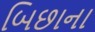
બિછાના